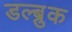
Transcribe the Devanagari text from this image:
डल्ब्रुक